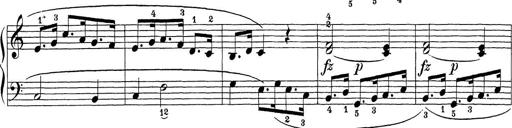
Title: Sonatina Album
Composer: Louis KÃ¶hler